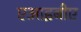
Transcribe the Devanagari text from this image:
एआइबीए